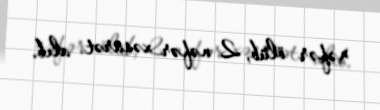
nəfər ölüb, 2 nəfər xəsarət alıb.